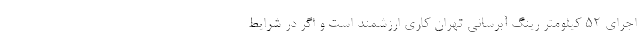
اجرای ۵٢ کیلومتر رینگ آبرسانی تهران کاری ارزشمند است و اگر در شرایط